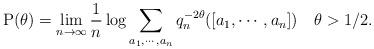
LaTeX: \begin{align*}\mathrm{P}(\theta) = \lim_{n \to \infty} \frac{1}{n} \log \sum_{a_1,\cdots,a_n} q_n^{-2\theta}([a_1,\cdots,a_n])\ \ \ \theta > 1/2.\end{align*}